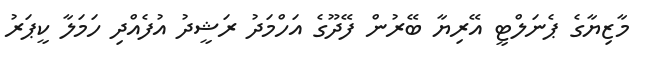
މާޒިޔާގެ ޕެނަލްޓީ އޭރިޔާ ބޭރުން ފޭދޫގެ އަހްމަދު ރަޝީދު އުފެއްދި ހަމަލާ ކީޕަރު